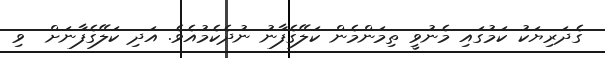
ގެދަރިޔަކު ކަމުގައި މެނުވީ ތިމަންމެން ކަލޭގެފާނު ނުދެކެމުއެވެ. އަދި ކަލޭގެފާނަށް  ވި